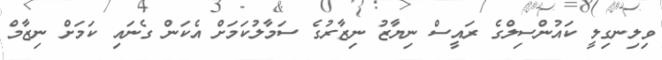
ވިލިނގިލީ ކައުންސިލްގެ ރައީސް ނިޔާޒު ނިޒާރުގެ ސަމާލުކަމަށް އެކަން ގެނައި ކަމަށް ނިޒާމް